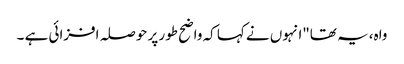
واہ، یہ تھا"انہوں نے کہا کہ واضح طور پر حوصلہ افزائی ہے ۔